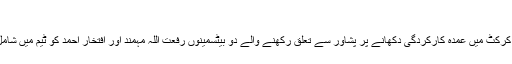
‘
سیلیکٹروں نے ڈومیسٹک کرکٹ میں عمدہ کارکردگی دکھانے پر پشاور سے تعلق رکھنے والے دو بیٹسمینوں رفعت اللہ مہمند اور افتخار احمد کو ٹیم میں شامل کرنے کا فیصلہ کیا ہے۔